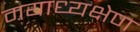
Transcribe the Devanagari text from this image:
मयाध्यक्षेण